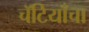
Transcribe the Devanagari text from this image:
चॅटियाँचा